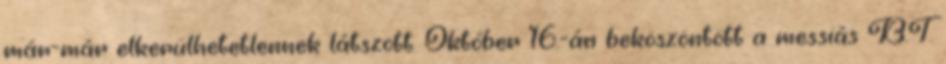
már-már elkerülhetetlennek látszott. Október 16.-án beköszöntött a messiás B.T.